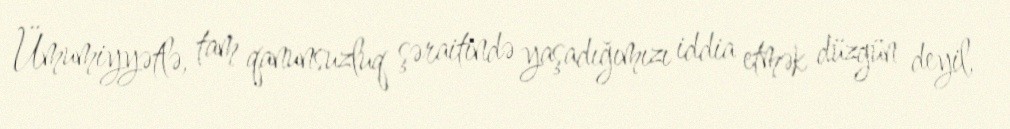
Ümumiyyətlə, tam qanunsuzluq şəraitində yaşadığımızı iddia etmək düzgün deyil,